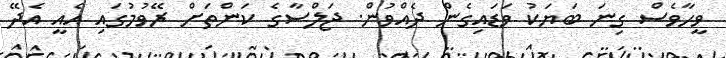
ވީހާވެސް ގިނަ ބަޔަކު ވަޑައިގެން ދެއްވުން. ޖަލްސާގެ ކަންތަށް ރޭވުމުގައި އެއީ އެދޭ